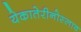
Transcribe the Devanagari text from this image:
येकातेरीनोस्लाव